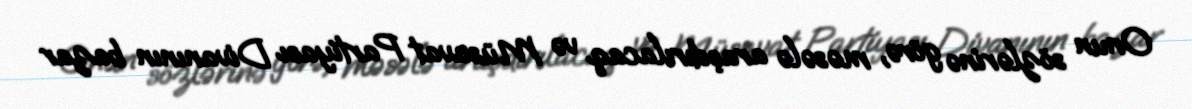
Onun sözlərinə görə, məsələ araşdırılacaq və Müsavat Partiyası Divanının bazar